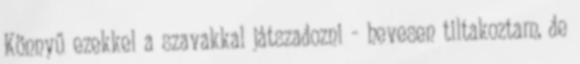
Könnyű ezekkel a szavakkal játszadozni - hevesen tiltakoztam, de